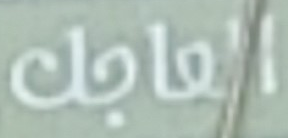
العاجل